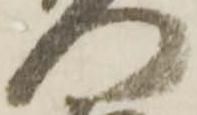
門